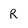
Character: R